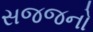
સજજનો